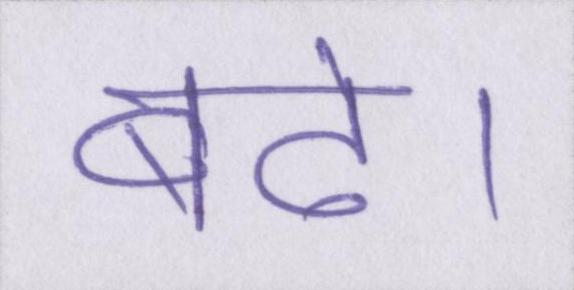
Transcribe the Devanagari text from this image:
बढे।